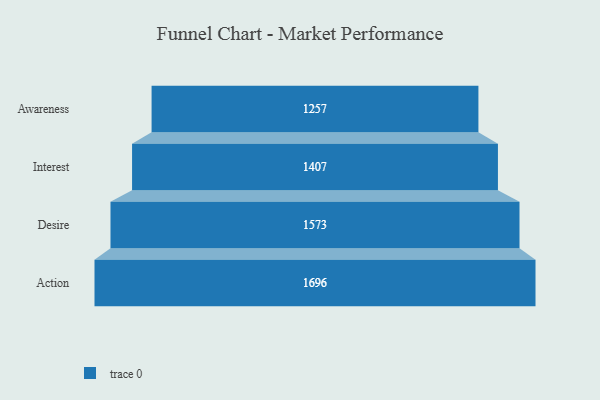
{"axis": {"x": "Stage", "y": "Value"}, "legend": [""], "data": [{"x": "Awareness", "y": 1257.0, "type": ""}, {"x": "Interest", "y": 1407.0, "type": ""}, {"x": "Desire", "y": 1573.0, "type": ""}, {"x": "Action", "y": 1696.0, "type": ""}]}